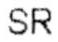
SR